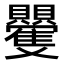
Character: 𮚮